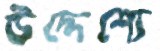
উদ্দেশ্যে